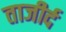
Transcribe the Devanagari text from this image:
ताजीर्द